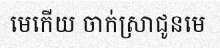
មេកើយ ចាក់ស្រាជូនមេ